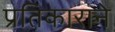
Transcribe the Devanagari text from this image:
प्रतिकाराने